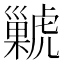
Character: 𧈊